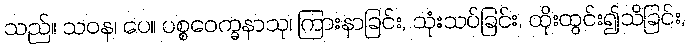
သည်။ သဝန၊ ပေ။ ပစ္စဝေက္ခနာသု၊ ကြားနာခြင်း, သုံးသပ်ခြင်း, ထိုးထွင်း၍သိခြင်း,